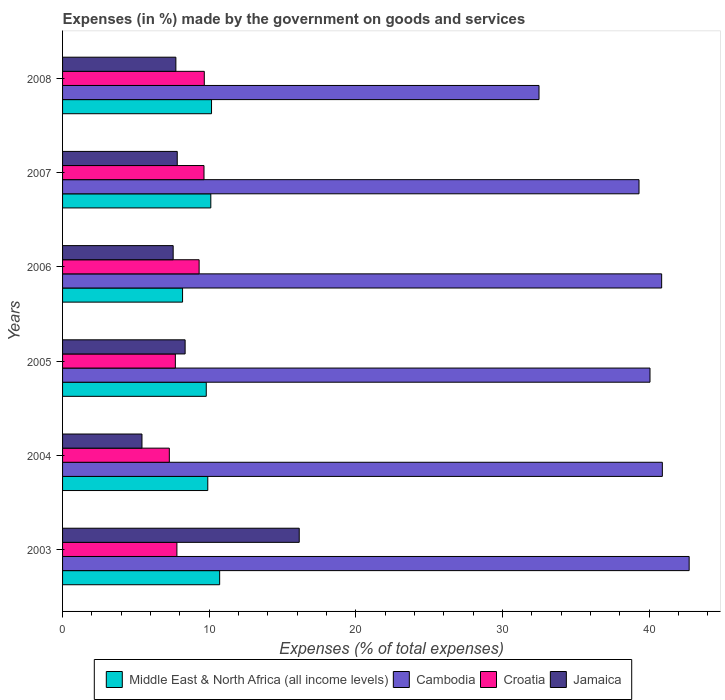
| Years | Middle East & North Africa (all income levels) | Cambodia | Croatia | Jamaica |
 | --- | --- | --- | --- | --- |
 | 2003 | 10.7 | 42.7 | 7.79 | 16.1 |
 | 2004 | 9.9 | 40.9 | 7.28 | 5.41 |
 | 2005 | 9.8 | 40 | 7.69 | 8.36 |
 | 2006 | 8.18 | 40.8 | 9.31 | 7.54 |
 | 2007 | 10.1 | 39.3 | 9.64 | 7.82 |
 | 2008 | 10.2 | 32.5 | 9.66 | 7.72 |